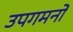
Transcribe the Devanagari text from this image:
उपगमनों